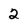
Character: 2